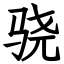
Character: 骁